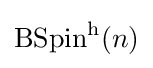
\operatorname {BSpin} ^{\mathrm {h} }(n)